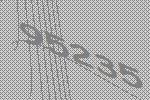
95235